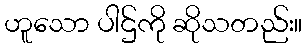
ဟူသော ပါဌ်ကို ဆိုသတည်း။